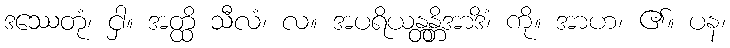
ဒဿေတုံ၊ ငှါ။ အတ္ထိ သီလံ၊ လ။ အပရိယန္တန္တိအာဒိံ၊ ကို။ အာဟ၊ ၏။ ပန၊